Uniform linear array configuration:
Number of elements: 64
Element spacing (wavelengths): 0.25
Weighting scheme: kaiser
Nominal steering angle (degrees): -15
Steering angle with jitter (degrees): -13.883
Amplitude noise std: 0.05
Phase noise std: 0.05

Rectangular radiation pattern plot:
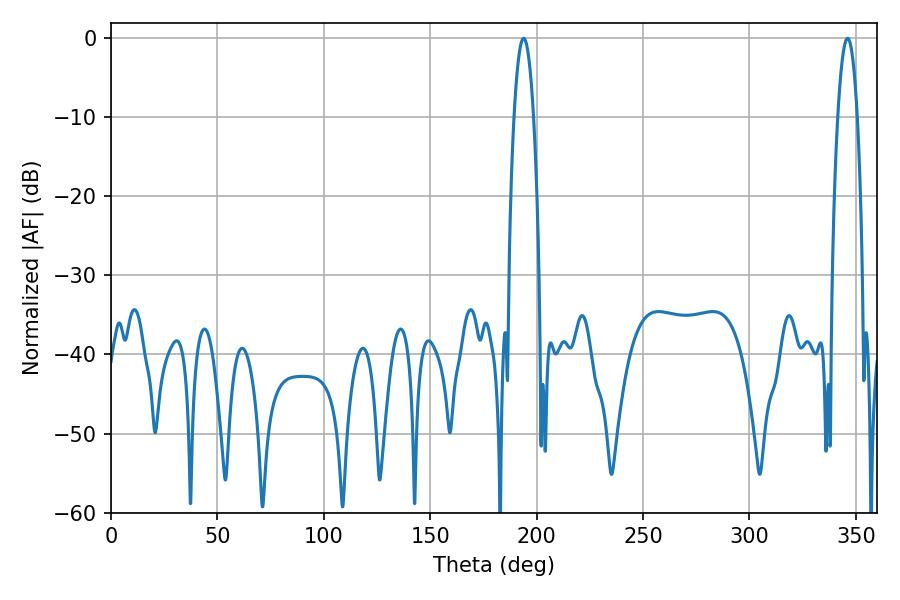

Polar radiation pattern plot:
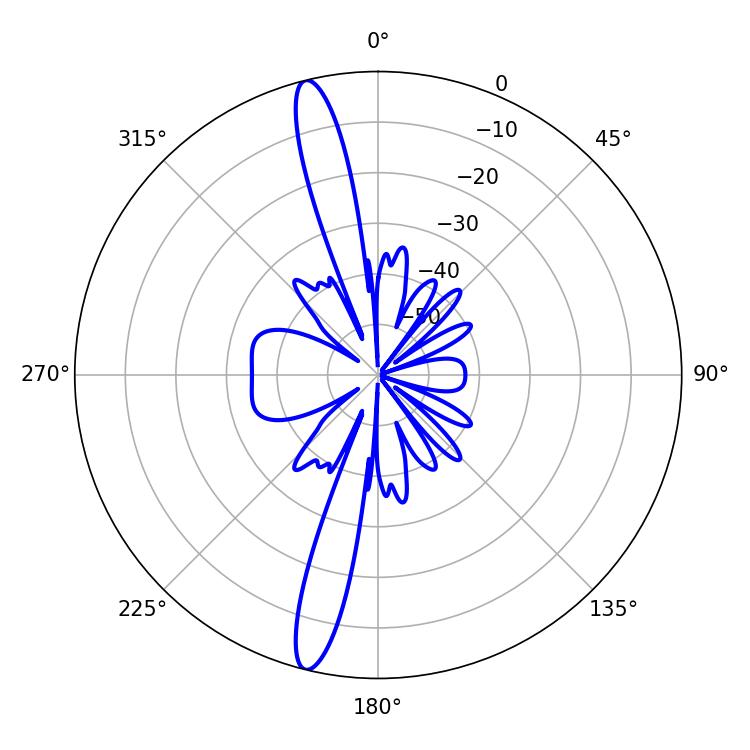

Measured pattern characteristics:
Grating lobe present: FALSE
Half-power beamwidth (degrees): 5.04
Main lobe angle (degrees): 193.86